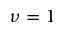
\nu = 1